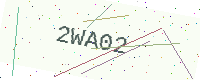
Text: 2WA02